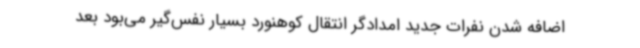
اضافه شدن نفرات جدید امدادگر انتقال کوهنورد بسیار نفس‌گیر می‌بود بعد